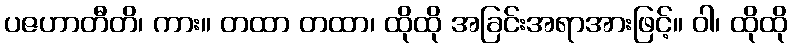
ပဇဟာတီတိ၊ ကား။ တထာ တထာ၊ ထိုထို အခြင်းအရာအားဖြင့်။ ဝါ၊ ထိုထို